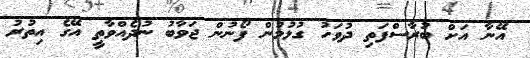
އޭނާ އަށް ބުރާސްފަތި ދުވަހު ގުޅުމުން ފޯނުން ޖަވާބު ނުދެއްވާތީ އޭގެ އިތުރު